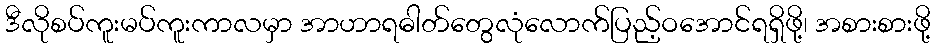
ဒီလိုစပ်ကူးမပ်ကူးကာလမှာ အာဟာရဓါတ်တွေလုံလောက်ပြည့်ဝအောင်ရရှိဖို့၊ အစားစားဖို့